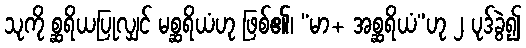
သုကို စ္ဆရိယပြုလျှင် မစ္ဆရိယံဟု ဖြစ်၏၊ “မာ+ အစ္ဆရိယံ”ဟု ၂ ပုဒ်ခွဲ၍